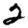
Digit: 2